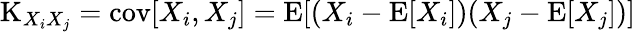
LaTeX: \operatorname{K}_{X_{i}X_{j}}=\operatorname{cov}[X_{i},X_{j}]=\operatorname{E}[(X_{i}-\operatorname{E}[X_{i}])(X_{j}-\operatorname{E}[X_{j}])]